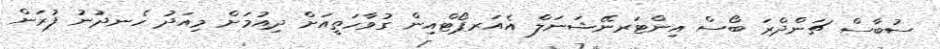
ސުބާސް ޗަންދްރަ ބޯސް އިންޓަރނޭޝަނަލް އެއަރޕޯޓްއިން ގުވާހަތީއަށް ދިއުމަށް މިއަދު ހެނދުނު ފުރަން